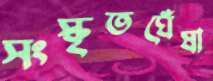
সংস্কৃতঘেঁষা